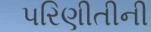
પરિણીતીની